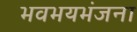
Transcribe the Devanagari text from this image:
भवभयभंजना